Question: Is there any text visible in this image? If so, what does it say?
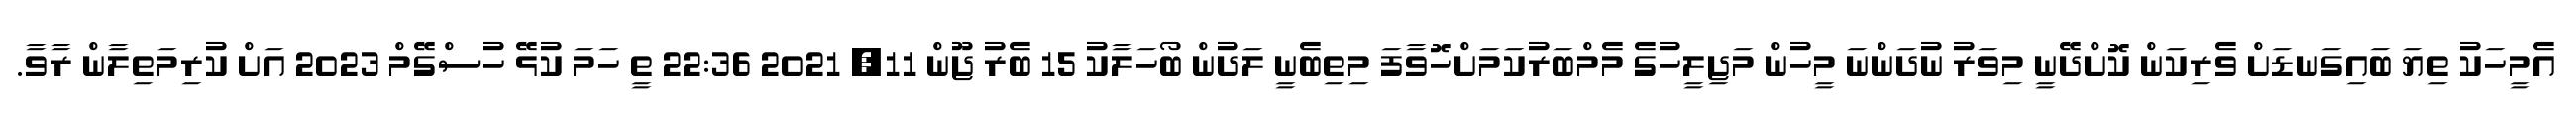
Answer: އެމީހަކު ތިޔަ ބައިގަނޑަށް ވެރިކަން ކޮށްދޭނީ މިވަރު ނުދަންނަ މީހުން މަޖިލީހުގެ މެމްބަރުކަމަށްހޮވާފަ މިތިބެނީ ލަދުން ބޯހަލާކު 15 ބެރު ޖޫން 11, 2021 22:36 ތީ ހަމަ ކުޅޭ ހުސްގޭމް 2023 އަށް ކުރިމަތިލާން ރާވާ.